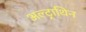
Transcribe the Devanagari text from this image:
अल्ट्राथिन